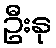
ဦးနု